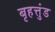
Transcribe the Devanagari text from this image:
बृहत्तुंड